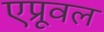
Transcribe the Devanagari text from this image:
एप्रूवल